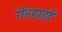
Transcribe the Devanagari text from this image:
रीनहार्ड्ट